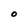
Character: O